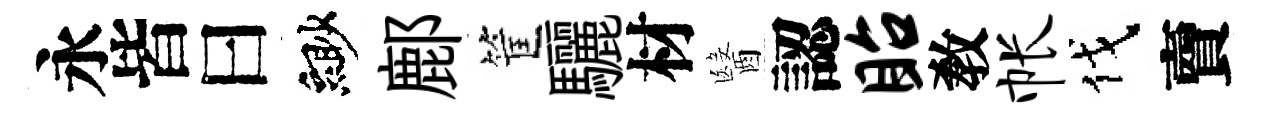
永皆曰緲鄜筐驪材醫認眙敎帐伐𧶠